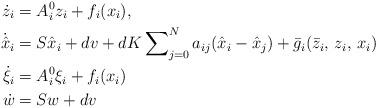
LaTeX: \begin{align*}\dot{z}_i&=A_i^0z_i+f_i(x_i),\\\dot{\hat x}_{i}&=S\hat x_i+dv+dK\sum\nolimits_{j=0}^{N}a_{ij}(\hat x_{i}-\hat x_j)+\bar g_i(\bar z_i,\,z_i,\,x_i)\\\dot{\xi}_i&=A_i^0\xi_i+f_i(x_i)\\\dot{w}&=Sw+dv\end{align*}